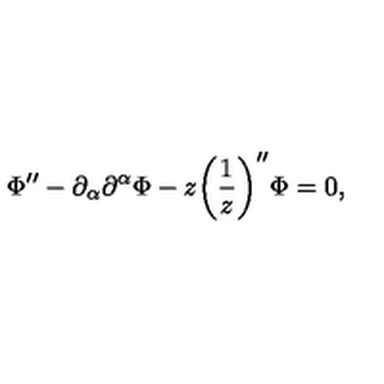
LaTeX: \Phi ^ { \prime \prime } - \partial _ { \alpha } \partial ^ { \alpha } \Phi - z \biggl ( \frac { 1 } { z } \biggr ) ^ { \prime \prime } \Phi = 0 ,